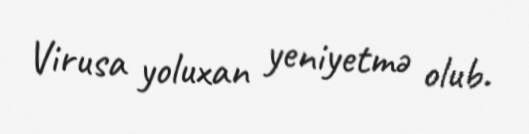
Virusa yoluxan yeniyetmə olub.